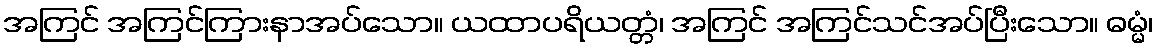
အကြင် အကြင်ကြားနာအပ်သော။ ယထာပရိယတ္တံ၊ အကြင် အကြင်သင်အပ်ပြီးသော။ ဓမ္မံ၊